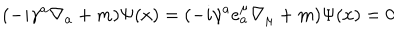
( - i \gamma ^ { a } \nabla _ { a } + m ) \Psi ( x ) = ( - i \gamma ^ { a } e _ { a } ^ { \mu } \nabla _ { \mu } + m ) \Psi ( x ) = 0